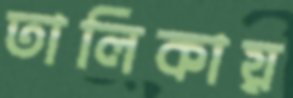
তালিকায়